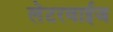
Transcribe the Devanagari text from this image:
लेटरवाईज